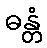
ဓန္တံ